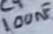
Text: 100nF